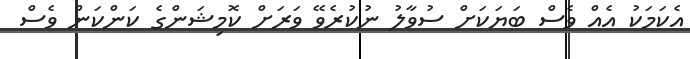
އެކަމަކު އެއް ވެސް ބަޔަކަށް ސުވާލު ނުކުރެވޭ ވަރަށް ކޮމިޝަންގެ ކަންކަން ވެސް